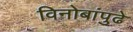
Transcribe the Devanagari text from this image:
विनोबांपुढे